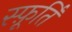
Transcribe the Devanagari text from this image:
स्फ़ूर्ति